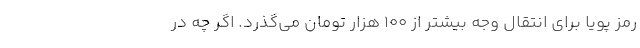
رمز پویا برای انتقال وجه بیشتر از ۱۰۰ هزار تومان می‌گذرد. اگر چه در